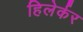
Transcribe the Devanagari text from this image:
हिलेर्कर